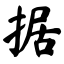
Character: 掂